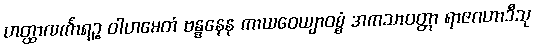
ဟတ္ထာလင်္ကာရဉ္စ ဝါဟမေတံ ဗန္ဓနေန ကာယဝေယျာဝစ္စံ အကသာဝတ္တာ ရာဇဂဟာဒီသု